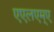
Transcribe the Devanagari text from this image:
एएलएम्ए